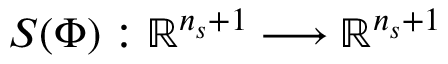
S ( \Phi ) : \mathbb { R } ^ { n _ { s } + 1 } \longrightarrow \mathbb { R } ^ { n _ { s } + 1 }